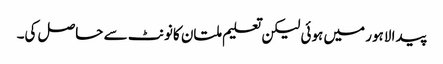
پیدا لاہور میں ہوئی لیکن تعلیم ملتان کانونٹ سے حاصل کی۔